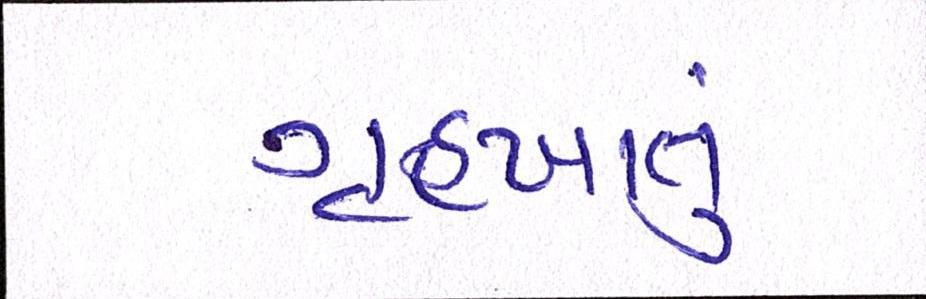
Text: ગૃહખાતું